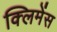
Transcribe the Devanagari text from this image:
क्लिमेंस